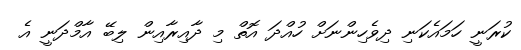
ކުރަނީ ހަމައެކަނި ދިވެހިންނަށް ހުއްދަ އޮތް މި ދާއިރާއިން ލިބޭ އާމްދަނީ އެ